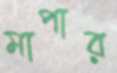
মাপার